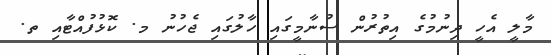
މާލީ އެހީ ދިނުމުގެ އިތުރުން ސުނާމީގައި ހާލުގައި ޖެހުނު މ. ކޮޅުފުއްޓާއި ތ.